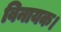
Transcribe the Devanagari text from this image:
विनायक।